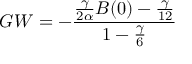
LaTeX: G W = - \frac { \frac { \gamma } { 2 \alpha } B ( 0 ) - { \frac { \gamma } { 1 2 } } } { 1 - { \frac { \gamma } { 6 } } }